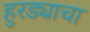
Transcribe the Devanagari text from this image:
हुरड्याचा